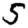
Digit: 5